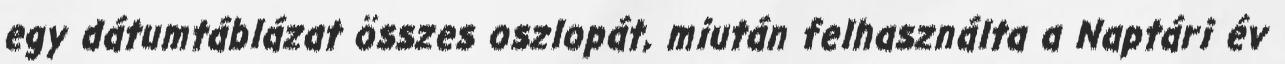
egy dátumtáblázat összes oszlopát, miután felhasználta a Naptári év